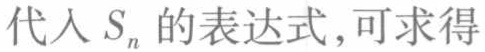
代入 \(S_{n}\) 的表达式，可求得